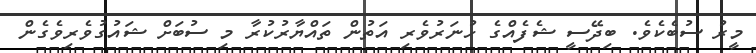
މީރު ސުބެކެވެ. ބިދޭސީ ޝެފެއްގެ ހުނަރުވެރި އަތުން ތައްޔާރުކުރާ މި ސުބަށް ޝައުގުވެރިވެގެން